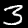
Digit: 3